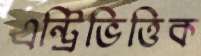
এন্ট্রিভিত্তিক